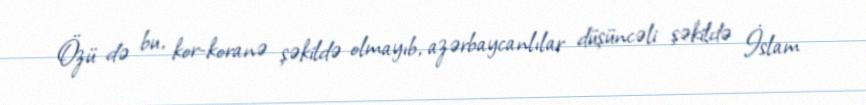
Özü də bu, kor-koranə şəkildə olmayıb, azərbaycanlılar düşüncəli şəkildə İslam